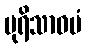
ပုရိသာဓမံ